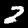
Label: 2